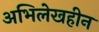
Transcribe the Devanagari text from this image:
अभिलेखहीन